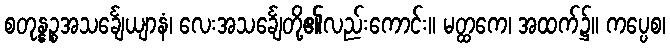
စတုန္နဉ္စအသင်္ချေယျာနံ၊ လေးအသင်္ချေတို့၏လည်းကောင်း။ မတ္ထကေ၊ အထက်၌။ ကပ္ပေစ၊